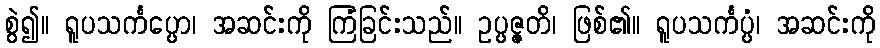
စွဲ၍။ ရူပသင်္ကပ္ပော၊ အဆင်းကို ကြံခြင်းသည်။ ဥပ္ပဇ္ဇတိ၊ ဖြစ်၏။ ရူပသင်္ကပ္ပံ၊ အဆင်းကို